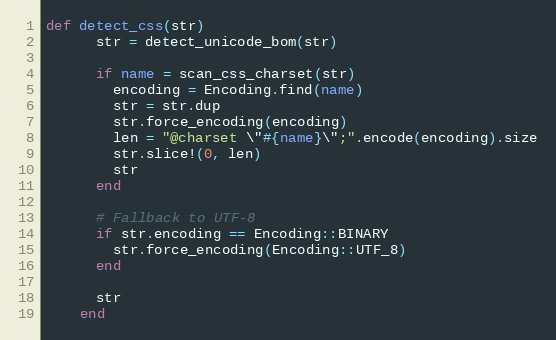
Language: Ruby
def detect_css(str)
      str = detect_unicode_bom(str)

      if name = scan_css_charset(str)
        encoding = Encoding.find(name)
        str = str.dup
        str.force_encoding(encoding)
        len = "@charset \"#{name}\";".encode(encoding).size
        str.slice!(0, len)
        str
      end

      # Fallback to UTF-8
      if str.encoding == Encoding::BINARY
        str.force_encoding(Encoding::UTF_8)
      end

      str
    end